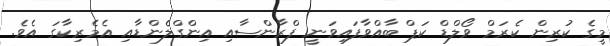
މީގެ ކުރިން ކެރަމް ވޯލްޑް ކަޕް ބާއްވާފައިވަނީ ފްރާންސާއި އިންގްލެންޑާއި އެމެރިކާގަ އެވެ.